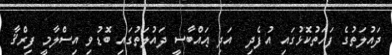
ދައުލަތުގެ ފަހަތުކޮޅުގައި އުފެދި  އަދި ޢައްބާސީ ދައުލަތުގައި ބޮޑުވި އިސްލާމީ ފިރްޤާ